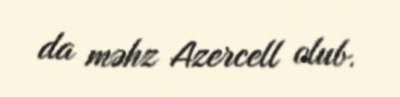
da məhz Azercell olub.